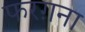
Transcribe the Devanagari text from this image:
फरग़ना